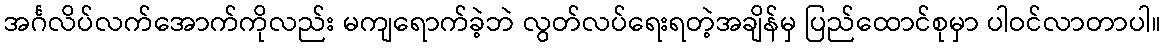
အင်္ဂလိပ်လက်အောက်ကိုလည်း မကျရောက်ခဲ့ဘဲ လွတ်လပ်ရေးရတဲ့အချိန်မှ ပြည်ထောင်စုမှာ ပါဝင်လာတာပါ။